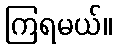
ကြရမယ်။